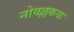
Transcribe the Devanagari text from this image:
नोवल्लकळ